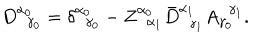
LaTeX: D _ { \; \; \gamma _ { 0 } } ^ { \alpha _ { 0 } } = \delta _ { \; \; \gamma _ { 0 } } ^ { \alpha _ { 0 } } - Z _ { \; \; \alpha _ { 1 } } ^ { \alpha _ { 0 } } \bar { D } _ { \; \; \gamma _ { 1 } } ^ { \alpha _ { 1 } } A _ { \gamma _ { 0 } } ^ { \; \; \gamma _ { 1 } } .